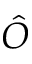
\hat { O }